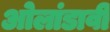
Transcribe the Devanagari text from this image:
ओलांडावी